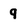
Character: 9